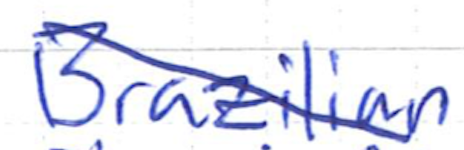
Text: Brazilian
Cross-out: diagonal
Writing tool: ballpoint